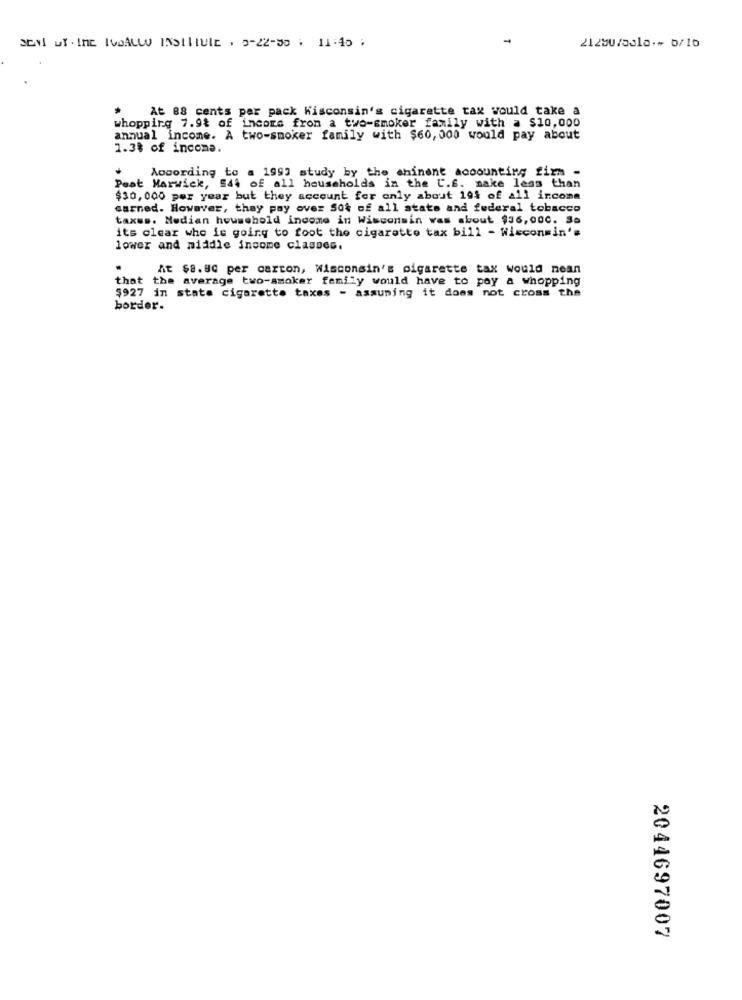
SENI UT. IME IVDALLO INSTITUTE . 0-22-30 . 11:45 :
21250/5010.+ b/10
At 88 cents per pack Wisconsin's cigarette tax would take a
whopping 7.9% of income from a two-smoker family with a $10,000
annual income. A two-smoker family with $60,000 would pay about
1.38 of income.
According to a 1993 study by the chinant accounting firm -
Peat Marwick, 544 of all households in the C.f. make less than
$30, 000 per year but they account for only about 19% of all ircoma
carned. However, thay pay over Sot of all state and federal tobacco
taxus. Median household income in Wisconsin was about $36,000. Sa
its clear who is going to foot the cigarette tax bill - Wieconsin'#
lower and middle income classes.
At $8.80 per carton, Wisconsin's sigarette tax would nean
that the average two-smoker family would have to pay a whopping
$927 in state cigarette taxes - assuming it does not cross the
border.
2044697007